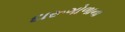
દારૂગોળાના